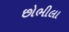
છોભીલા